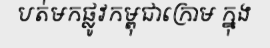
បត់មកផ្លូវកម្ពុជាក្រោម ក្នុង